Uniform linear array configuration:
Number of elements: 12
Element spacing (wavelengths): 0.5
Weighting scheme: binomial
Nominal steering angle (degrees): -30
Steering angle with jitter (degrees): -28.446
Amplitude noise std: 0.05
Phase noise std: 0.05

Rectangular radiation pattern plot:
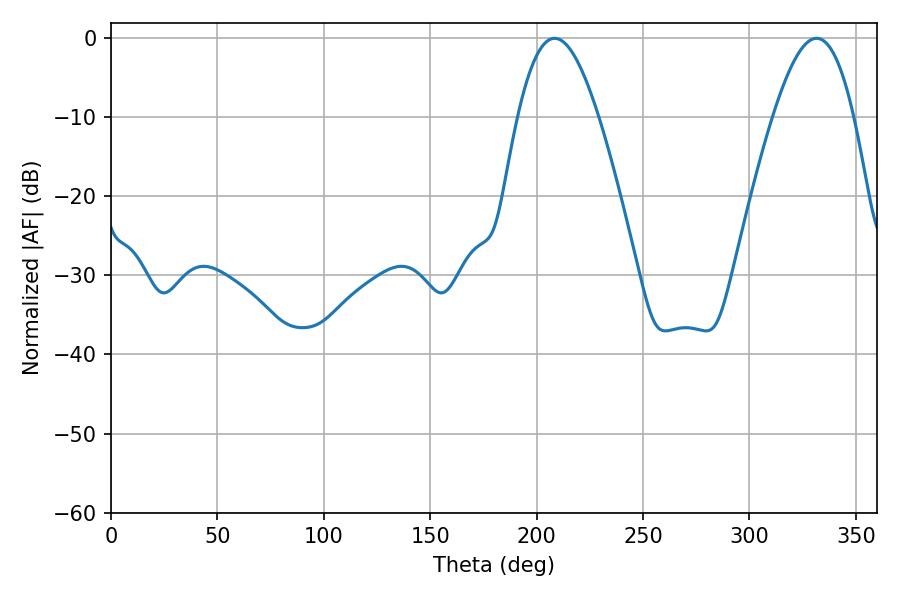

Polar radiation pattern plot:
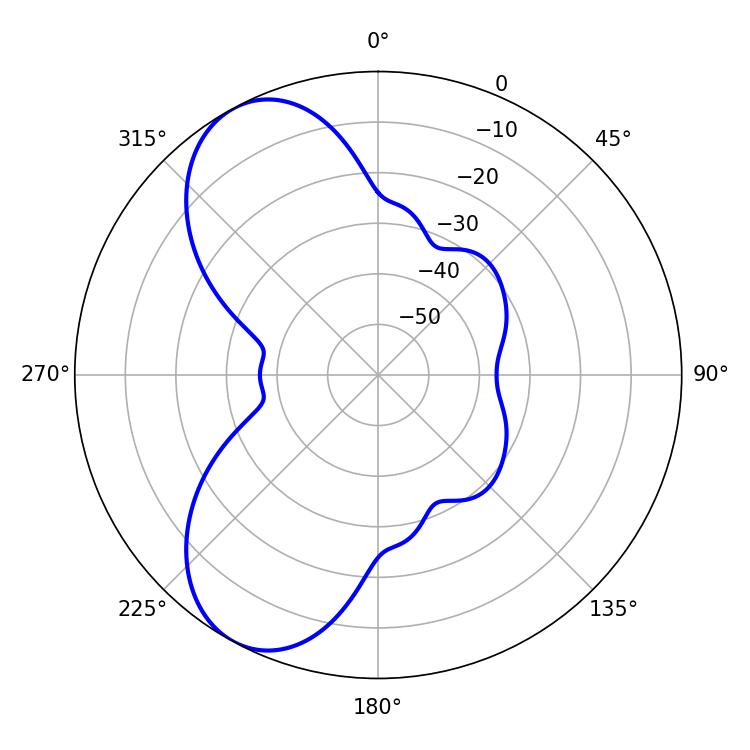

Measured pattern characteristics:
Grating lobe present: FALSE
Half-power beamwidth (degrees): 20.52
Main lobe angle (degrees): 208.44